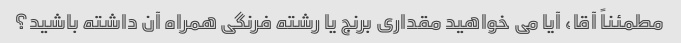
مطمئناً آقا، آیا می خواهید مقداری برنج یا رشته فرنگی همراه آن داشته باشید؟